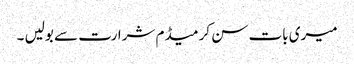
میری بات سن کر میڈم شرارت سے بولیں ۔